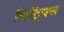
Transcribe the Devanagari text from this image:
बिट्रिक्स